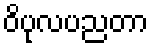
ဝိပုလပညတာ